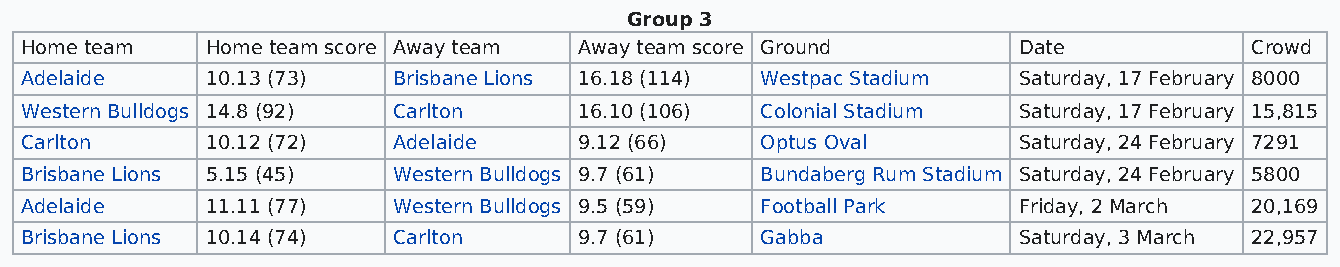
Group 3
 Home team    Home team score Away team Away team score Ground     Date            Crowd
 Adelaide     10.13 (73)  Brisbane Lions 16.18 (114) Westpac Stadium Saturday, 17 February 8000
 Western Bulldogs 14.8 (92) Carlton   16.10 (106) Colonial Stadium Saturday, 17 February 15,815
 Carlton      10.12 (72)  Adelaide    9.12 (66)   Optus Oval       Saturday, 24 February 7291
 Brisbane Lions 5.15 (45) Western Bulldogs 9.7 (61) Bundaberg Rum Stadium Saturday, 24 February 5800
 Adelaide     11.11 (77)  Western Bulldogs 9.5 (59) Football Park  Friday, 2 March 20,169
 Brisbane Lions 10.14 (74) Carlton    9.7 (61)    Gabba            Saturday, 3 March 22,957